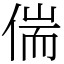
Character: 偳